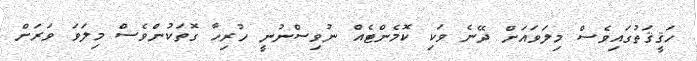
ހަޤީޤަތުގައިވެސް މިލަވައަށް ދޭނެ ވަކި ކޮމެންޓެއް ނުވިސްނުނީ ހުރިހާ ގޮތަކުންވެސް މިލަވަ ވަރަށް